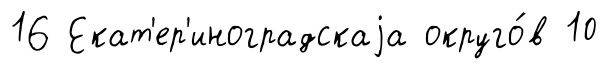
16 Екат'ер'иноградскаjа округо́в 10